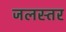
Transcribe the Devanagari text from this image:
जलस्‍तर